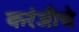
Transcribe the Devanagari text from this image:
करंजीचे